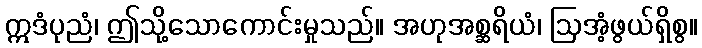
ဣဒံပုညံ၊ ဤသို့သောကောင်းမှုသည်။ အဟုအစ္ဆရိယံ၊ ဩအံ့ဖွယ်ရှိစွ။